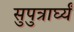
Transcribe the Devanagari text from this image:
सुपुत्रार्घ्यं